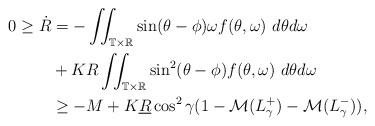
LaTeX: \begin{align*}\begin{aligned} 0 \geq \dot{R} &= -\iint_{\mathbb T \times \mathbb R}\sin(\theta-\phi)\omega f(\theta,\omega) ~ d\theta d\omega \\&+KR \iint_{\mathbb T \times \mathbb R} \sin^{2}(\theta-\phi)f(\theta,\omega) ~ d\theta d\omega\\&\geq-M+K\underline{R}\cos^{2}\gamma ( 1 - {\mathcal M}(L_{\gamma}^+) - {\mathcal M}(L_{\gamma}^-)),\end{aligned}\end{align*}